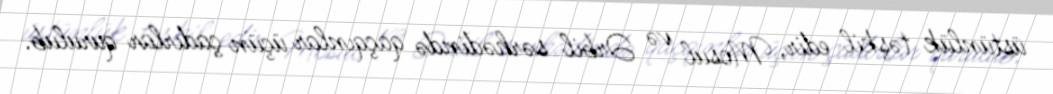
üstünlük təşkil edir, Mosul və Ərbil sərhədində qaçqınlar üçün çadırlar qurulub.